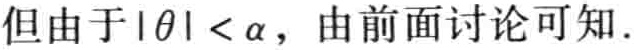
但由于\(|\theta| < \alpha\)，由前面讨论可知.